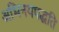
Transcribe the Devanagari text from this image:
अभिनयपद्धति